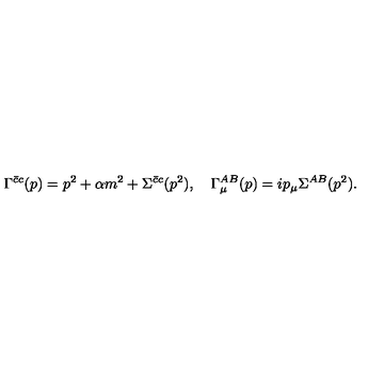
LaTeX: \Gamma ^ { \bar { c } c } ( p ) = p ^ { 2 } + \alpha m ^ { 2 } + \Sigma ^ { \bar { c } c } ( p ^ { 2 } ) , \quad \Gamma _ { \mu } ^ { A B } ( p ) = i p _ { \mu } \Sigma ^ { A B } ( p ^ { 2 } ) .